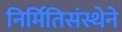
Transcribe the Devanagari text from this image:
निर्मितिसंस्थेने